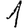
Digit: 1